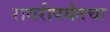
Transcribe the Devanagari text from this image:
रायरीपर्यंतचा